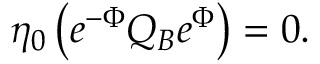
\eta _ { 0 } \left( e ^ { - \Phi } Q _ { B } e ^ { \Phi } \right) = 0 .